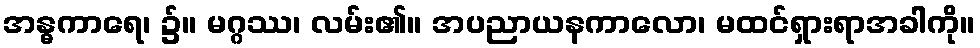
အန္ဓကာရေ၊ ၌။ မဂ္ဂဿ၊ လမ်း၏။ အပညာယနကာလော၊ မထင်ရှားရာအခါကို။